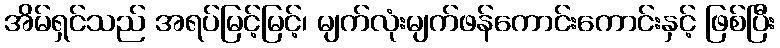
အိမ်ရှင်သည် အရပ်မြင့်မြင့်၊ မျက်လုံးမျက်ဖန်ကောင်းကောင်းနှင့် ဖြစ်ပြီး